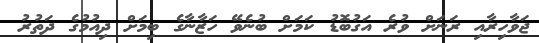
ޖަވާހިރާއި ރަނަށް ވުރެ އަގުބޮޑު ކަމަށް ބުނެވޭ ހަޒާނާގެ ބިމަށް ދިއުމުގެ ދަތުރު